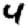
Digit: 4